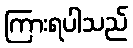
ကြားရပါသည်